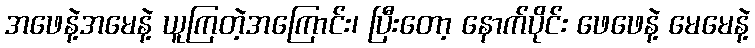
အဖေနဲ့အမေနဲ့ ယူကြတဲ့အကြောင်း၊ ပြီးတော့ နောက်ပိုင်း ဖေဖေနဲ့ မေမေနဲ့